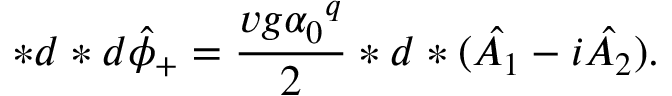
* d * d { \hat { \phi } } _ { + } = \frac { v g { \alpha _ { 0 } } ^ { q } } { 2 } * d * ( \hat { A _ { 1 } } - i \hat { A _ { 2 } } ) .